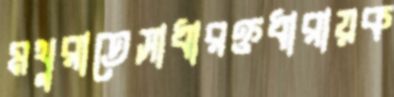
মথুরাতেসাধারক্তধারায়ক